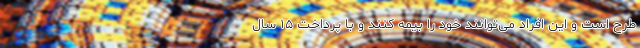
طرح است و این افراد می‌توانند خود را بیمه کنند و با پرداخت ۱۵ سال